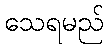
သေရမည်